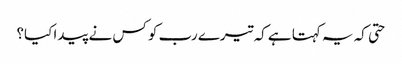
حتی کہ یہ کہتا ہے کہ تیرے رب کو کس نے پیدا کیا؟